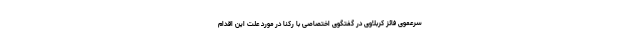
سرعموی فائز کربلاوی در گفتگوی اختصاصی با رکنا در مورد علت این اقدام